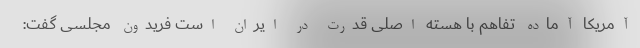
آمریکا آماده تفاهم با هسته اصلی قدرت در ایران است فریدون مجلسی گفت: